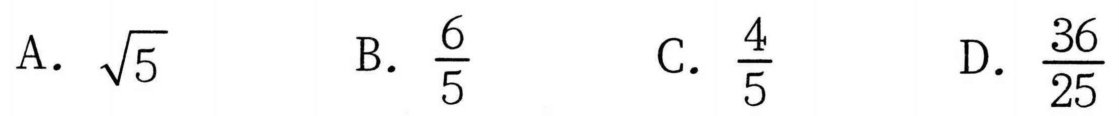
A. \(\sqrt{5}\)  B. \(\dfrac{6}{5}\)  C. \(\dfrac{4}{5}\)  D. \(\dfrac{36}{25}\)